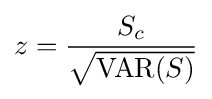
z={\frac {S_{c}}{\sqrt {\operatorname {VAR} (S)}}}